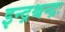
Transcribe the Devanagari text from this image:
इन्द्रश्चन्द्रः